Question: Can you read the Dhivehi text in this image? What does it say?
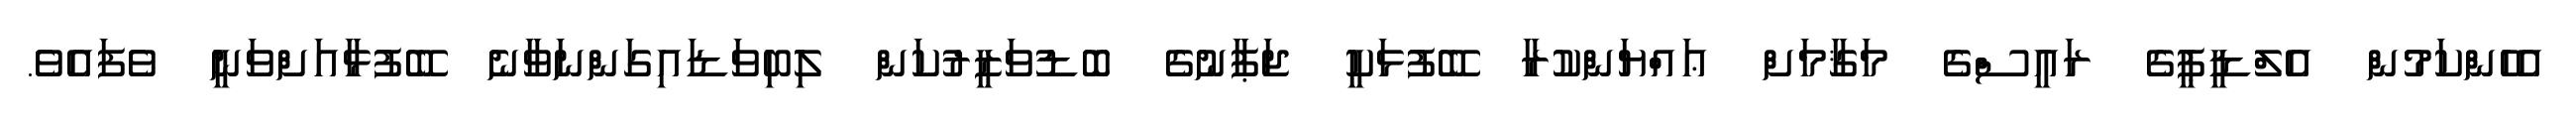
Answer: އެހެންކަމުން އެލްޑީޕީގެ ރައީސްގެ މަޤާމަށް ޢައްޔަންކުރާ ބޭފުޅަކީ ޖަޕާނުގެ ބޮޑުވަޒީރުކަން ލިބިވަޑައިގަންނަވާނެ ބޭފުޅާއަށްވަނީ ވެފައެވެ.